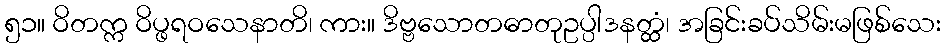
၅၁။ ဝိတက္က ဝိပ္ဖရဝသေနာတိ၊ ကား။ ဒိဗ္ဗသောတဓာတုဥပ္ပါဒနတ္ထံ၊ အခြင်းခပ်သိမ်းမဖြစ်သေး